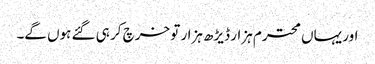
اور یہاں محترم ہزار ڈیڑھ ہزار تو خرچ کر ہی گئے ہوں گے۔